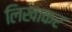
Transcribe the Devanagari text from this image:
लिखाकर